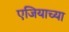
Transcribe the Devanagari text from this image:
एजियाच्या